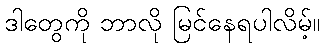
ဒါတွေကို ဘာလို မြင်နေရပါလိမ့်။